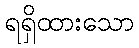
ရရှိထားသော